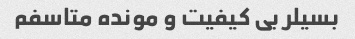
بسیلر بی کیفیت و مونده ‌متاسفم